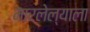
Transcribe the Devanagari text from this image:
मारलेल्‍याला